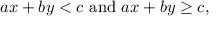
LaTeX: a x + b y < c { \mathrm { ~ a n d ~ } } a x + b y \geq c ,